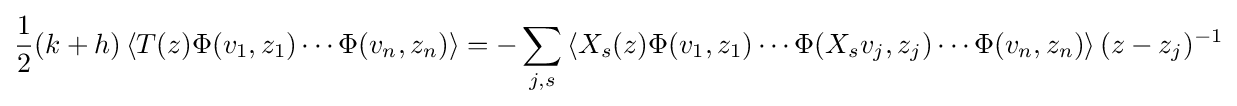
{1 \over 2}(k+h)\left\langle T(z)\Phi (v_{1},z_{1})\cdots \Phi (v_{n},z_{n})\right\rangle =-\sum _{j,s}\left\langle X_{s}(z)\Phi (v_{1},z_{1})\cdots \Phi (X_{s}v_{j},z_{j})\cdots \Phi (v_{n},z_{n})\right\rangle (z-z_{j})^{-1}